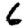
Digit: 6